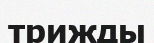
трижды